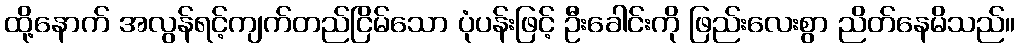
ထို့နောက် အလွန်ရင့်ကျက်တည်ငြိမ်သော ပုံပန်းဖြင့် ဦးခေါင်းကို ဖြည်းလေးစွာ ညိတ်နေမိသည်။